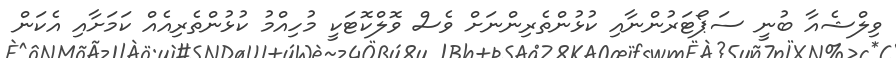
ވިލްޝެއާ ބުނީ ސަޕޯޓަރުންނާއި ކުޅުންތެރިންނަށް ވެސް ވޮލްކޮޓަކީ މުހިއްމު ކުޅުންތެރިއެއް ކަމަށާއި އެކަން